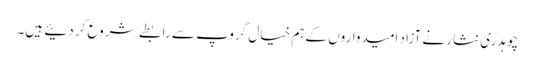
چوہدری نثار نے آزاد امیدواروں کے ہم خیال گروپ سے رابطے شروع کر دئیے ہیں۔